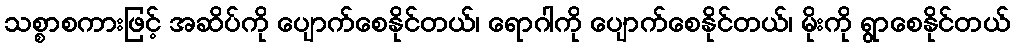
သစ္စာစကားဖြင့် အဆိပ်ကို ပျောက်စေနိုင်တယ်၊ ရောဂါကို ပျောက်စေနိုင်တယ်၊ မိုးကို ရွာစေနိုင်တယ်